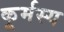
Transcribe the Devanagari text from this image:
कूर्मस्य